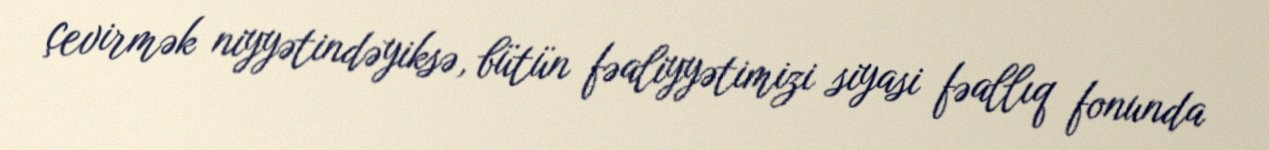
çevirmək niyyətindəyiksə, bütün fəaliyyətimizi siyasi fəallıq fonunda